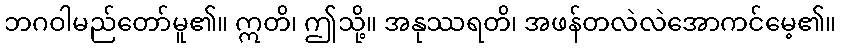
ဘဂဝါမည်တော်မူ၏။ ဣတိ၊ ဤသို့။ အနုဿရတိ၊ အဖန်တလဲလဲအောကင်မေ့၏။